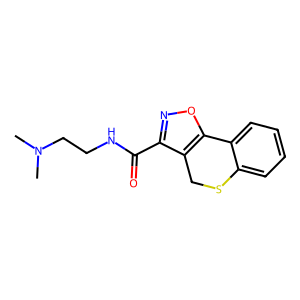
SMILES: CN(C)CCNC(=O)c1noc2c1CSc1ccccc1-2
Inhibits HIV replication: No